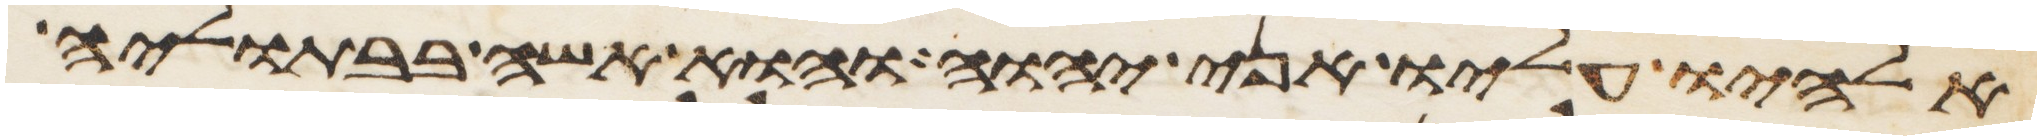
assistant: אלהיו עליו אני יהוה והוא אשה בבתוליה